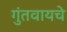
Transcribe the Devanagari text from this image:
गुंतवायचे